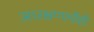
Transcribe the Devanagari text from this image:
आरक्षणाचीही